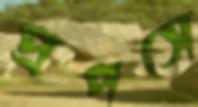
প্রপসে